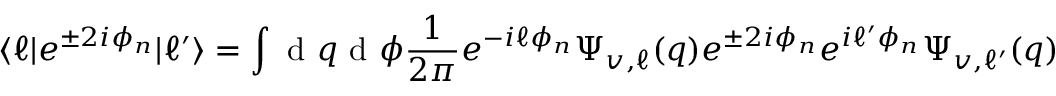
\langle \ell | e ^ { \pm 2 i \phi _ { n } } | \ell ^ { \prime } \rangle = \int \mathrm { ~ d ~ } q \mathrm { ~ d ~ } \phi \frac { 1 } { 2 \pi } e ^ { - i \ell \phi _ { n } } \Psi _ { v , \ell } ( q ) e ^ { \pm 2 i \phi _ { n } } e ^ { i \ell ^ { \prime } \phi _ { n } } \Psi _ { v , \ell ^ { \prime } } ( q )